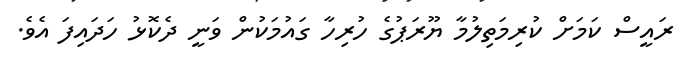
ރައީސް ކަމަށް ކުރިމަތިލުމާ ޔޫރަޕުގެ ހުރިހާ ގައުމަކުން ވަނީ ދެކޮޅު ހަދައިފަ އެވެ.